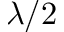
\lambda / 2